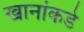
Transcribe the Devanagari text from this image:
खानांकडे